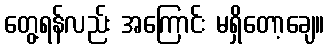
တွေ့ရန်လည်း အကြောင်း မရှိတော့ချေ။